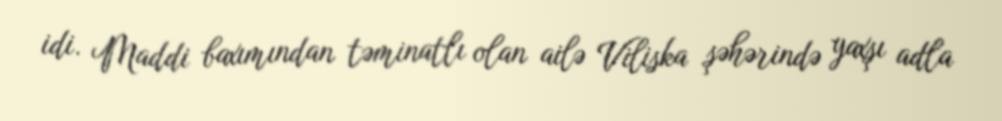
idi. Maddi baxımından təminatlı olan ailə Viliska şəhərində yaxşı adla